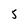
Character: 5